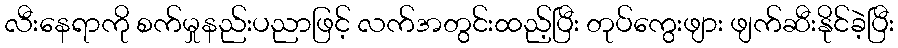
လီးနေရာကို စက်မှုနည်းပညာဖြင့် လက်အတွင်းထည့်ပြီး တုပ်ကွေးဖျား ဖျက်ဆီးနိုင်ခဲ့ပြီး